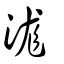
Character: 浝